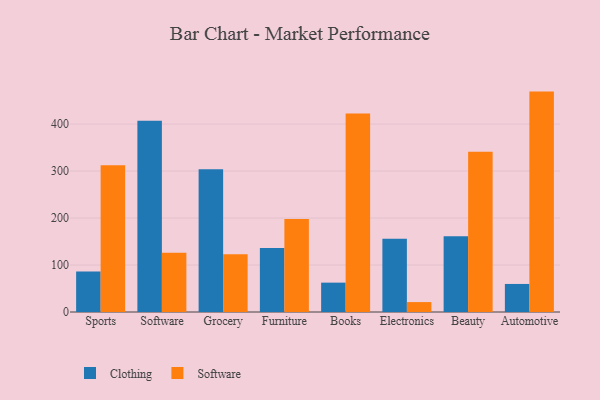
{"axis": {"x": "Category", "y": "Temperature (°C)"}, "legend": ["Clothing", "Software"], "data": [{"x": "Sports", "y": 86.3, "type": "Clothing"}, {"x": "Sports", "y": 312.3, "type": "Software"}, {"x": "Software", "y": 407.1, "type": "Clothing"}, {"x": "Software", "y": 126.3, "type": "Software"}, {"x": "Grocery", "y": 303.7, "type": "Clothing"}, {"x": "Grocery", "y": 123.1, "type": "Software"}, {"x": "Furniture", "y": 136.0, "type": "Clothing"}, {"x": "Furniture", "y": 198.2, "type": "Software"}, {"x": "Books", "y": 62.5, "type": "Clothing"}, {"x": "Books", "y": 422.5, "type": "Software"}, {"x": "Electronics", "y": 155.7, "type": "Clothing"}, {"x": "Electronics", "y": 21.1, "type": "Software"}, {"x": "Beauty", "y": 161.1, "type": "Clothing"}, {"x": "Beauty", "y": 341.0, "type": "Software"}, {"x": "Automotive", "y": 59.7, "type": "Clothing"}, {"x": "Automotive", "y": 469.1, "type": "Software"}]}